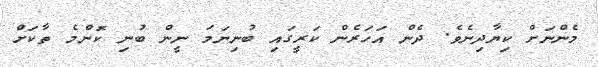
މެންނަށް ކިޔާދިނެވެ. ދެން އަހަރެން ކަރީގައި ބުނިނަަމަ ނީން ބުނި ކޮަންމެ ތާކަށް